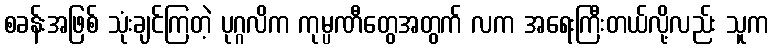
စခန်းအဖြစ် သုံးချင်ကြတဲ့ ပုဂ္ဂလိက ကုမ္ပဏီတွေအတွက် လက အရေးကြီးတယ်လို့လည်း သူက